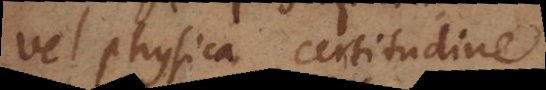
vel physica certitudine.